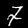
Digit: 7